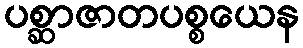
ပစ္ဆာဇာတပစ္စယေန